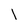
Character: l